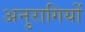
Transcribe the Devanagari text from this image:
अनुरागियों